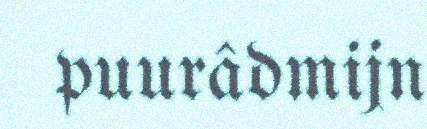
puurâdmijn